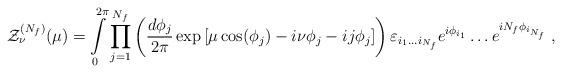
LaTeX: \begin{align*}{\cal Z}^{(N_f)}_\nu(\mu)=\int\limits_0^{2\pi}\prod_{j=1}^{N_f} \left(\frac{d\phi_j}{2\pi}\exp\left[\mu\cos(\phi_j)-i\nu\phi_j-ij\phi_j \right]\right)\varepsilon_{i_1\ldots i_{N_f}} e^{i\phi_{i_1}}\ldots e^{iN_f\phi_{i_{N_f}}}\;,\end{align*}